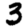
Digit: 3